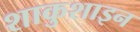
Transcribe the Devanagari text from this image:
शाकुशाइन